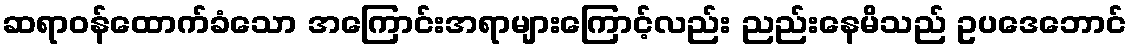
ဆရာဝန်ထောက်ခံသော အကြောင်းအရာများကြောင့်လည်း ညည်းနေမိသည် ဥပဒေဘောင်